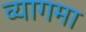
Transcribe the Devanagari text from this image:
व्यागमा